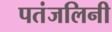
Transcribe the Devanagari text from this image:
पतंजलिनी